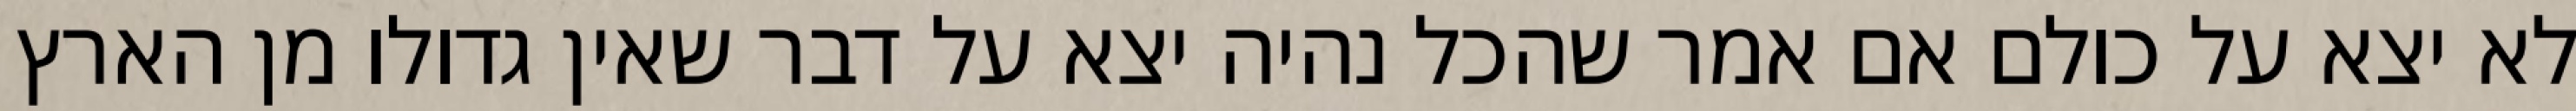
לא יצא על כולם אם אמר שהכל נהיה יצא על דבר שאין גדולו מן הארץ